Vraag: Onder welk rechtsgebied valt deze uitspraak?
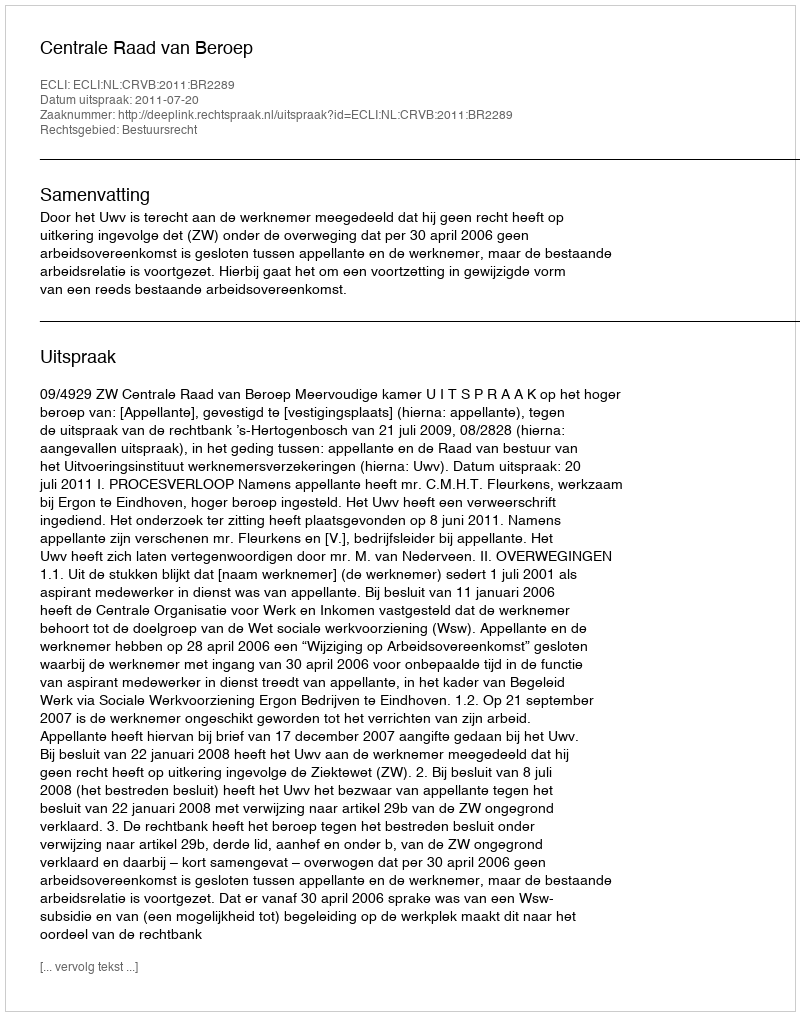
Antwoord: Bestuursrecht